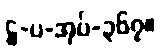
ဋ္ဌ-ပ-အုပ်-၃၆၇။